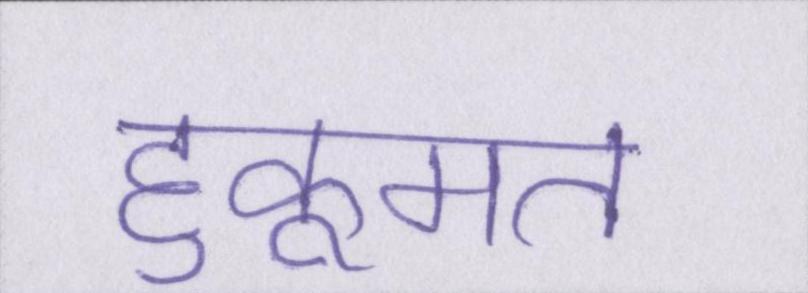
हुकूमत